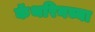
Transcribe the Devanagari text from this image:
कॅथरिनच्या